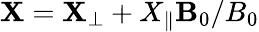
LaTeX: \mathbf{X}=\mathbf{X}_{\perp}+X_{\parallel}\mathbf{B}_{0}/B_{0}